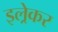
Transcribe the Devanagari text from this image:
इल्रेकर